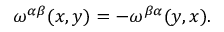
\omega ^ { \alpha \beta } ( x , y ) = - \omega ^ { \beta \alpha } ( y , x ) .